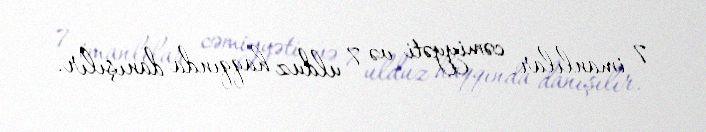
7 imanlılar cəmiyyəti və 7 ulduz haqqında danışılır.